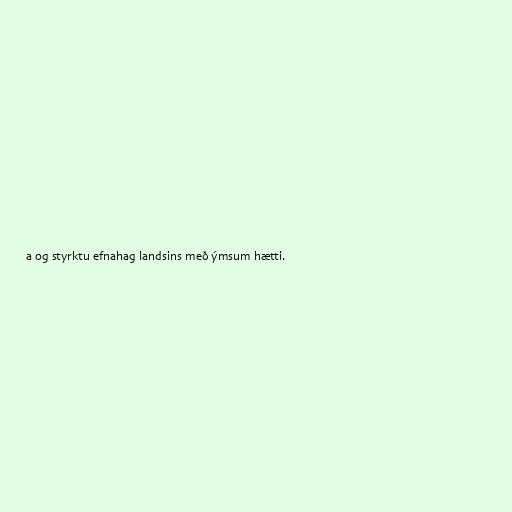
a og styrktu efnahag landsins með ýmsum hætti.